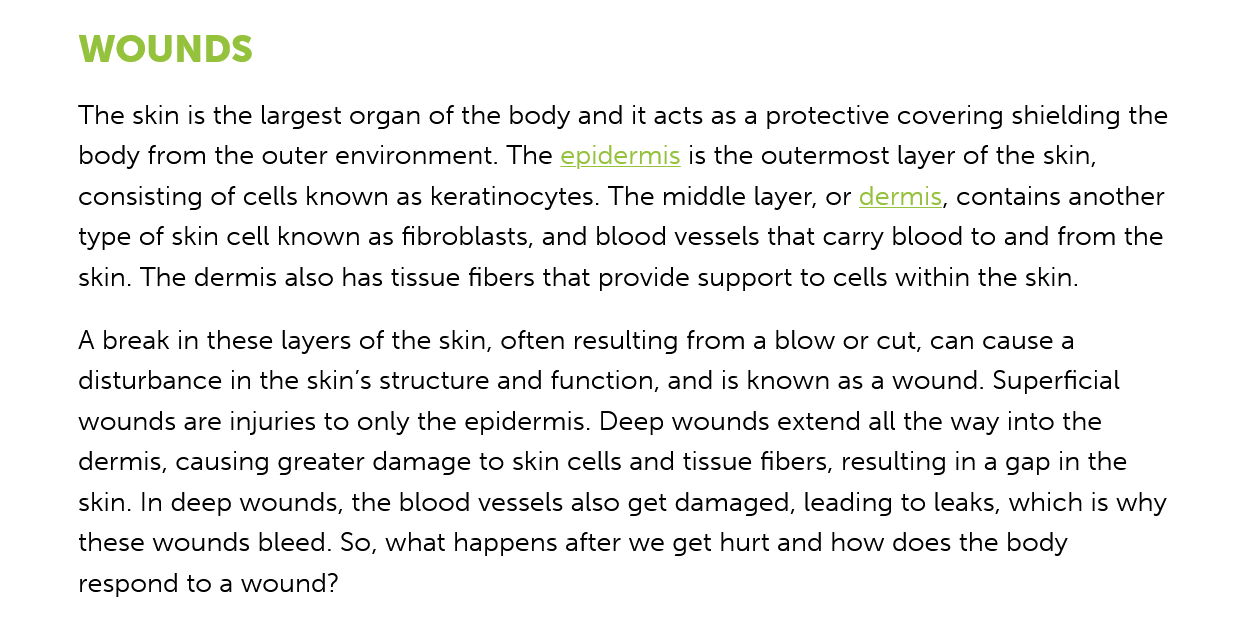
WOUNDS
     The skin is the largest organ of the body and it acts as a protective covering shielding the
     body from the outer environment. The epidermis is the outermost layer of the skin,
     consisting of cells known as keratinocytes. The middle layer, or dermis, contains another
     type of skin cell known as fibroblasts, and blood vessels that carry blood to and from the
     skin. The dermis also has tissue fibers that provide support to cells within the skin.
     A break in these layers of the skin, often resulting from a blow or cut, can cause a
     disturbance in the skin's structure and function, and is known as a wound. Superficial
     wounds are injuries to only the epidermis. Deep wounds extend all the way into the
     dermis, causing greater damage to skin cells and tissue fibers, resulting in a gap in the
     skin. In deep wounds, the blood vessels also get damaged, leading to leaks, which is why
     these wounds bleed. So, what happens after we get hurt and how does the body
     respond to a wound?